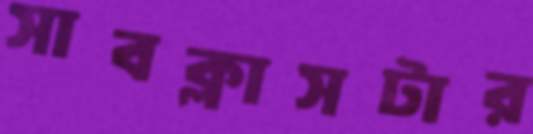
সাবক্লাসটার